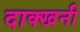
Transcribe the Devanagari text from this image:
दाक्खनी